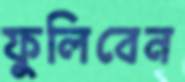
ফুলিবেন